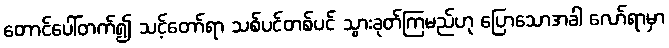
တောင်ပေါ်တက်၍ သင့်တော်ရာ သစ်ပင်တစ်ပင် သွားခုတ်ကြမည်ဟု ပြောသောအခါ လော်ရာမှာ